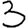
Digit: 3